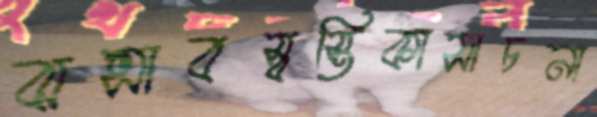
ঝল্‌সাবস্বস্তিকাসাচনা